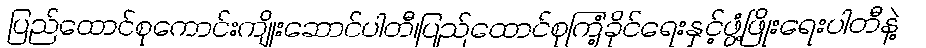
ပြည်ထောင်စုကောင်းကျိုးဆောင်ပါတီ၊ပြည်ထောင်စုကြံ့ခိုင်ရေးနှင့်ဖွံ့ဖြိုးရေးပါတီနဲ့